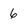
Character: 6